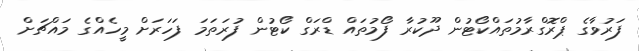
ފަރުވާގެ ޕްރޮގްރާމުތައްކޯޓުން ދޫކުރާ ފޯމުތައް ޑްރަގް ކޯޓުން ފުރަތަމަ ފަހަރަށް މީހެއްގެ މައްޗަށް